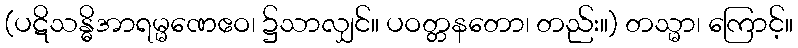
(ပဋိသန္ဓိအာရမ္မဏေဧဝ၊ ၌သာလျှင်။ ပဝတ္တနတော၊ တည်း။) တသ္မာ၊ ကြောင့်။